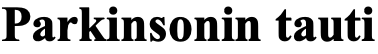
Parkinsonin tauti